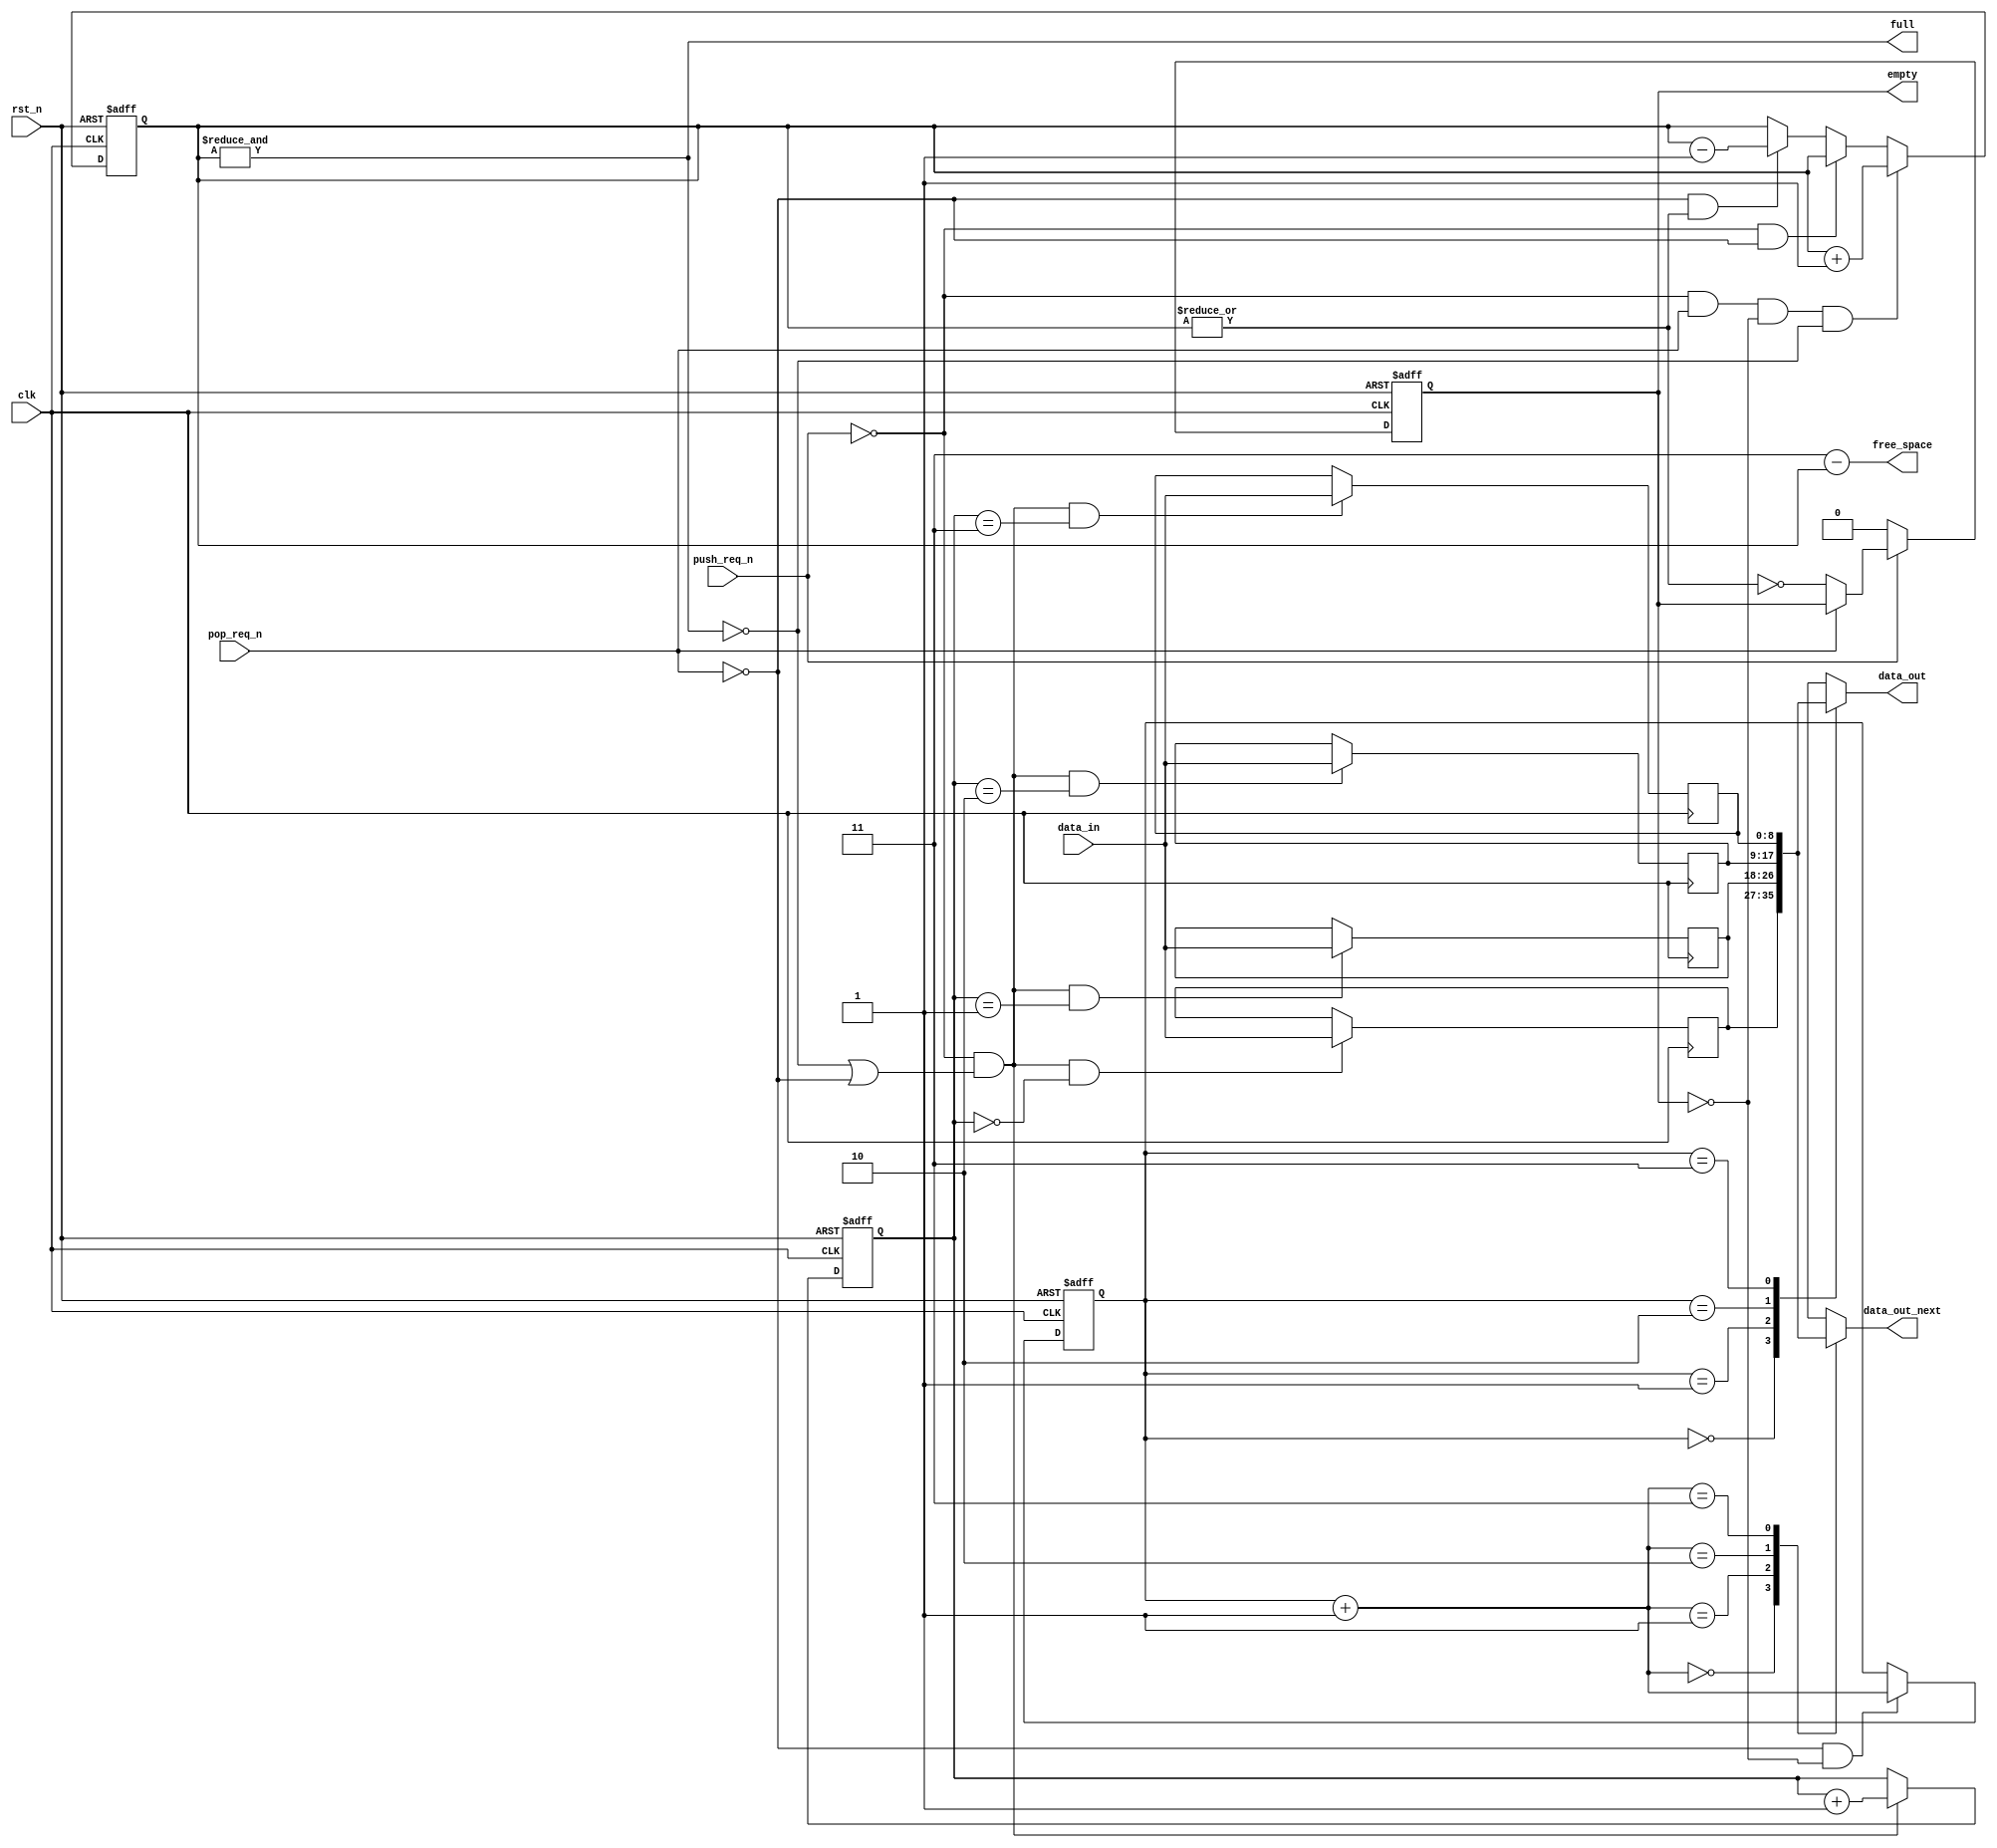
// Copyright (C) 2020-2022 University of Zurich
// SPDX-License-Identifier: Apache-2.0 WITH SHL-2.1
//
// Licensed under the Solderpad Hardware License v 2.1 (the License); you may not use this file except in compliance
// with the License, or, at your option, the Apache License version 2.0. You may obtain a copy of the License at
// https://solderpad.org/licenses/SHL-2.1/
//
// Unless required by applicable law or agreed to in writing, any work distributed under the License is distributed on
// an AS IS BASIS, WITHOUT WARRANTIES OR CONDITIONS OF ANY KIND, either express or implied. See the License for the
// specific language governing permissions and limitations under the License.
//
//------------------------------------------------------------------------------
//
// "fifo.v" -  FIFO module
// 
// Project: ReckOn - Spiking RECurrent neural network processor enabling ON-chip learning over second-long timescales
//
//
// Cite/paper: [C. Frenkel and G. Indiveri, "ReckOn: A 28nm sub-mm task-agnostic spiking recurrent neural network
//             processor enabling on-chip learning over second-long timescales," IEEE International Solid-State
//             Circuits Conference (ISSCC), 2022]
//
// Comments: -
//
//------------------------------------------------------------------------------

module fifo #(
    parameter width      = 9,
    parameter depth      = 4,
    parameter depth_addr = 2        // Should never be less than 2
)(
    input  wire                  clk,
    input  wire                  rst_n,
    input  wire                  push_req_n,
    input  wire                  pop_req_n,
    input  wire [     width-1:0] data_in,
    output reg                   empty,
    output wire                  full,
    output wire [depth_addr-1:0] free_space,
    output wire [     width-1:0] data_out,
    output wire [     width-1:0] data_out_next);
  

//Wires and internal registers  
reg  [width-1:0] mem [0:depth-1]; 

reg  [depth_addr-1:0] write_ptr;
reg  [depth_addr-1:0] read_ptr;
wire [depth_addr-1:0] next_read_ptr;
reg  [depth_addr-1:0] fill_cnt;

genvar i;


always @(posedge clk, negedge rst_n) begin
    if (!rst_n)
        write_ptr <= {(depth_addr){1'b0}};
    else if (!push_req_n && (!full || !pop_req_n))
        write_ptr <= write_ptr + {{(depth_addr-1){1'b0}},1'b1};
    else
        write_ptr <= write_ptr;
end

always @(posedge clk, negedge rst_n) begin
    if (!rst_n)
        read_ptr <= {(depth_addr){1'b0}};
    else if (!pop_req_n && !empty)
        read_ptr <= next_read_ptr;
    else
        read_ptr <= read_ptr;
end
assign next_read_ptr = read_ptr + {{(depth_addr-1){1'b0}},1'b1};

always @(posedge clk, negedge rst_n) begin
    if (!rst_n)
        fill_cnt <= {(depth_addr){1'b0}};
    else if (!push_req_n && pop_req_n && !empty && !full)
        fill_cnt <= fill_cnt + {{(depth_addr-1){1'b0}},1'b1};
    else if (!push_req_n && !pop_req_n)
        fill_cnt <= fill_cnt;
    else if (!pop_req_n && |fill_cnt)
        fill_cnt <= fill_cnt - {{(depth_addr-1){1'b0}},1'b1};
    else
        fill_cnt <= fill_cnt;
end

always @(posedge clk, negedge rst_n) begin
    if (!rst_n)
        empty <= 1'b1;
    else if (!push_req_n)
        empty <= 1'b0;
    else if (!pop_req_n)
        empty <= ~|fill_cnt; 
    else 
        empty <= empty; 
end

assign free_space = {(depth_addr){1'b1}} - fill_cnt;

assign full       = &fill_cnt;


generate

    for (i=0; i<depth; i=i+1) begin
        
        always @(posedge clk) begin
            if (!push_req_n && (!full || !pop_req_n) && (write_ptr == i))
                mem[i] <= data_in;
            else 
                mem[i] <= mem[i];
        end
        
    end
    
endgenerate

assign data_out      = mem[read_ptr];
assign data_out_next = mem[next_read_ptr];


endmodule